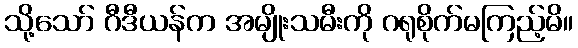
သို့သော် ဂီဒီယန်က အမျိုးသမီးကို ဂရုစိုက်မကြည့်မိ။